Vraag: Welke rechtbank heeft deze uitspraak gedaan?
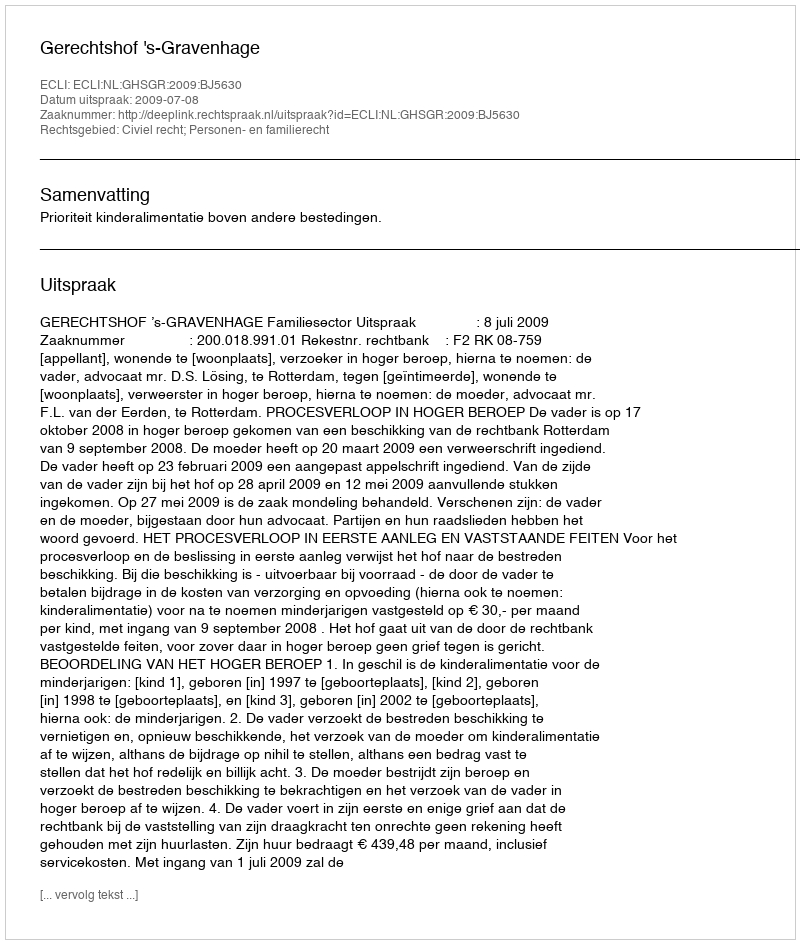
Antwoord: Gerechtshof 's-Gravenhage